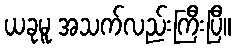
ယခုမူ အသက်လည်းကြီးပြီ။